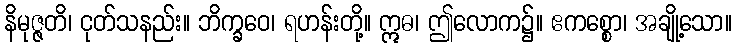
နိမုဇ္ဇတိ၊ ငုတ်သနည်း။ ဘိက္ခဝေ၊ ရဟန်းတို့။ ဣဓ၊ ဤလောက၌။ ဧကစ္စော၊ အချို့သော။